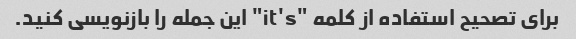
برای تصحیح استفاده از کلمه "it's" این جمله را بازنویسی کنید.